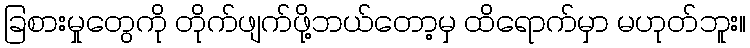
ခြစားမှုတွေကို တိုက်ဖျက်ဖို့ဘယ်တော့မှ ထိရောက်မှာ မဟုတ်ဘူး။